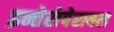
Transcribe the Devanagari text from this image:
इन्तेरोपेराबल